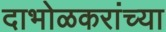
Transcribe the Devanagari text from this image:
दाभोळकरांच्या